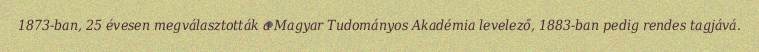
1873-ban, 25 évesen megválasztották a Magyar Tudományos Akadémia levelező, 1883-ban pedig rendes tagjává.